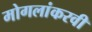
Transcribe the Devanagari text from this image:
मोगलांकरवी